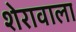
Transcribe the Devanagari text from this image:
शेरावाला